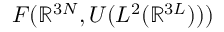
{ \cal F } ( \mathbb { R } ^ { 3 N } , { \cal U } ( L ^ { 2 } ( \mathbb { R } ^ { 3 L } ) ) )